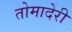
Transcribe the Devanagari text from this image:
तोमादेरी